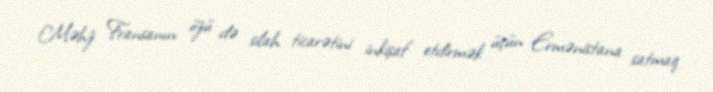
Məhz Fransanın özü də silah ticarətini inkişaf etdirmək üçün Ermənistana satmaq